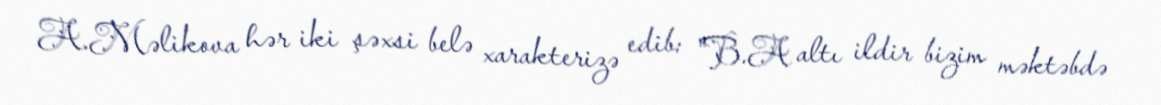
A.Məlikova hər iki şəxsi belə xarakterizə edib: "B.A altı ildir bizim məktəbdə